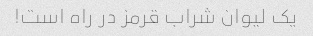
یک لیوان شراب قرمز در راه است!